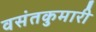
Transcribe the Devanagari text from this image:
वसंतकुमारी